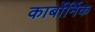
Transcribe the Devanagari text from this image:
कार्बोर्निक